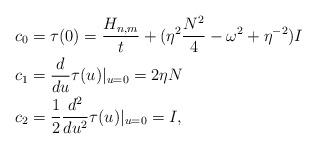
LaTeX: \begin{align*} c_0&=\tau(0)=\frac{H_{n,m}}{t}+(\eta^2\frac{N^2}{4}-\omega^2+\eta^{-2})I \\ c_1&=\frac{d}{du}\tau(u)|_{u=0}=2\eta N \\ c_2&=\frac{1}{2}\frac{d^2}{du^2}\tau(u)|_{u=0}=I, \end{align*}